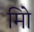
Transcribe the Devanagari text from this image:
मिो